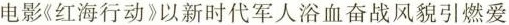
电影《红海行动》以新时代军人浴血奋战风貌引燃爱